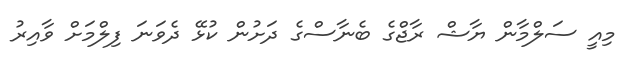
މިއީ ސަލްމާން ޔާޝް ރާޖްގެ ބެނާސްގެ ދަށުން ކުޅޭ ދެވަނަ ފިލްމަށް ވާއިރު